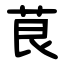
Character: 茛